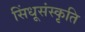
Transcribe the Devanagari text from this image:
सिंधूसंस्कृति